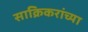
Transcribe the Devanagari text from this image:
साक्रिकरांच्या